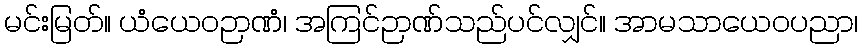
မင်းမြတ်။ ယံယေဝဉာဏံ၊ အကြင်ဉာဏ်သည်ပင်လျှင်။ အာမသာယေဝပညာ၊